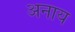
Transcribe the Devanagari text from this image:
अनाय